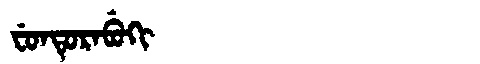
Manchu: ᠸᡠᠨᡨᡠᡵᠠᠪᡠᡴᡳ
Romanization: FUNTURABUKI